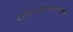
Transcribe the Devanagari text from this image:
समायोजनात्मक